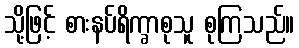
သို့ဖြင့် စားနပ်ရိက္ခာစုသူ စုကြသည်။